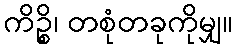
ကိဉ္စိ၊ တစုံတခုကိုမျှ။